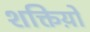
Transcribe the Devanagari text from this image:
शक्तिय़ों